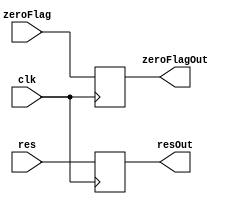
module BF2(
	input 
		clk,
		zeroFlag,
	input [31:0]res,
	output reg zeroFlagOut,
	output reg [31:0]resOut
);

always @(posedge clk)
begin
	zeroFlagOut = zeroFlag;
	resOut = res;
end
endmodule